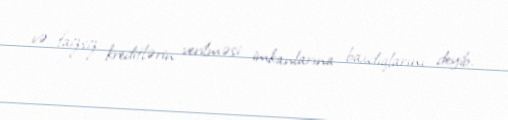
və faizsiz kreditlərin verilməsi imkanlarına baxdıqlarını deyib.